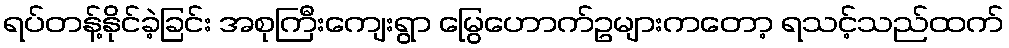
ရပ်တန့်နိုင်ခဲ့ခြင်း အစုကြီးကျေးရွာ မြွေဟောက်ဥများကတော့ ရသင့်သည်ထက်